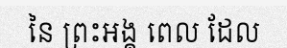
នៃ ព្រះអង្គ ពេល ដែល